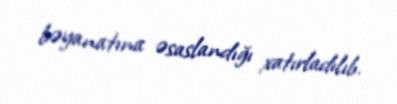
bəyanatına əsaslandığı xatırladılıb.